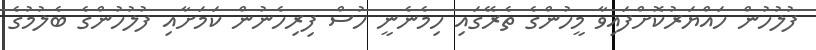
ފުލުހުން ހައްޔަރުކޮށްފައިވާ މީހުންގެ ތެރޭގައި ހިމެނެނީ ހުސް ފިރިހެނުން ކަމަށާއި ފުލުހުންގެ ބެލުމުގެ